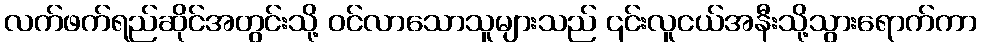
လက်ဖက်ရည်ဆိုင်အတွင်းသို့ ဝင်လာသောသူများသည် ၎င်းလူငယ်အနီးသို့သွားရောက်ကာ